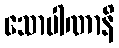
သောပါဏာနိ